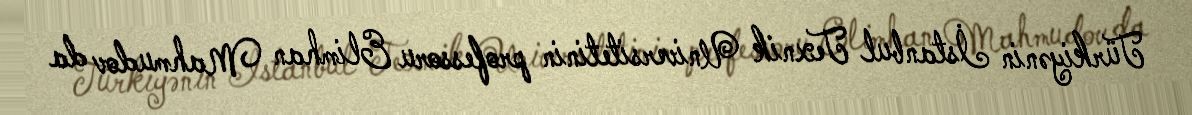
Türkiyənin İstanbul Texnik Universitetinin professoru Elimhan Mahmudov da